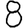
Digit: 8